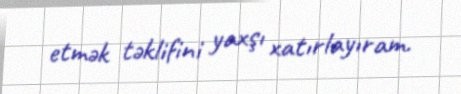
etmək təklifini yaxşı xatırlayıram.